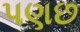
પણછ